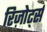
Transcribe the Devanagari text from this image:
रिज़ोर्ट्स